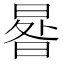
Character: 𣌿